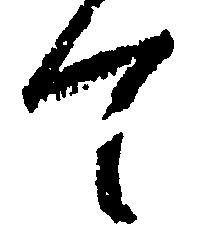
て